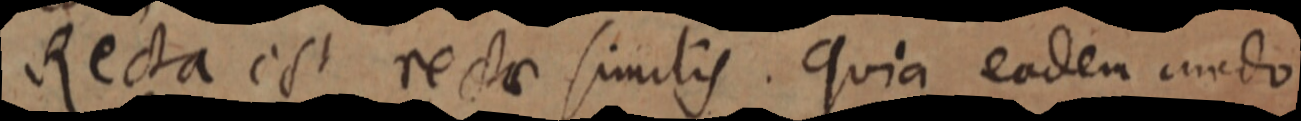
Recta est rectae similis. Quia eaden modo